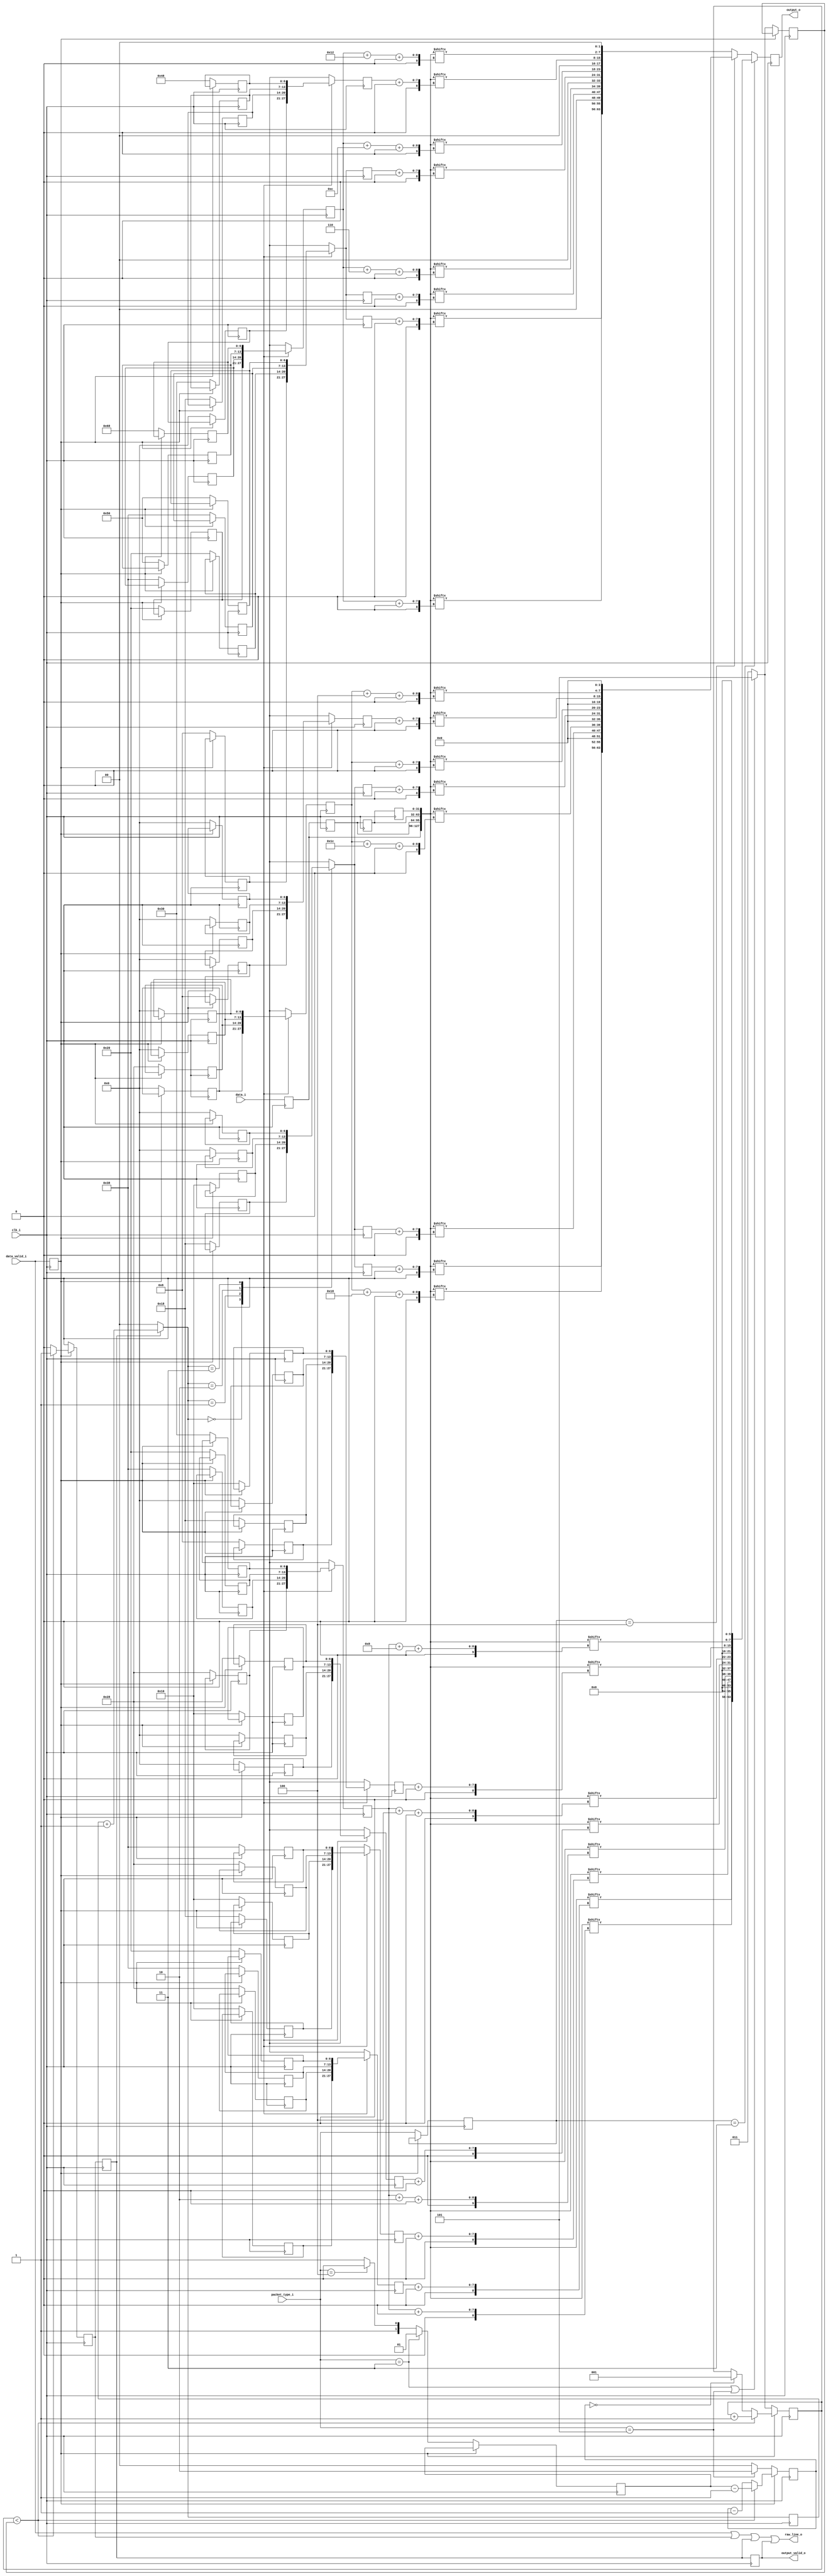
`timescale 1ns/1ns

/*
MIPI CSI RX to Parallel Bridge (c) by Gaurav Singh www.CircuitValley.com

MIPI CSI RX to Parallel Bridge is licensed under a
Creative Commons Attribution 3.0 Unported License.

You should have received a copy of the license along with this
work.  If not, see <http://creativecommons.org/licenses/by/3.0/>.
*/

/*
Receives 4 lane raw mipi bytes from packet decoder, rearrange bytes to output 8 pixel 16bit each 
output is one clock cycle delayed, because the way , MIPI RAW is packed 
output come in chunk on each clock cycle, output_valid_o remains active only while 20 pixel chunk is outputted 
*/

module mipi_csi_rx_raw_depacker_16b2lane #(parameter PIXEL_WIDTH=16)(clk_i,
								data_valid_i,
								data_i,
								packet_type_i,
								raw_line_o,
								output_valid_o,
								output_o);

localparam [7:0]MIPI_GEAR = 16;
localparam [3:0]LANES = 3'h2;
localparam [3:0]PIXEL_PER_CLK = 4;

localparam [7:0]MIPI_CSI_PACKET_10bRAW = 8'h2B;
localparam [7:0]MIPI_CSI_PACKET_12bRAW = 8'h2C;
localparam [7:0]MIPI_CSI_PACKET_14bRAW = 8'h2D;

input clk_i;
input data_valid_i;
input [((MIPI_GEAR * LANES) - 1'h1) : 0]data_i;
input [2:0]packet_type_i;

output reg output_valid_o;
output reg [((PIXEL_WIDTH * PIXEL_PER_CLK) - 1) :0]output_o;
output raw_line_o;

reg [6:0]index_table_pixel_0[3:0];
reg [6:0]index_table_pixel_1[3:0];
reg [6:0]index_table_pixel_2[3:0];
reg [6:0]index_table_pixel_3[3:0];
reg [6:0]index_table_pixel_lsb1[3:0];

reg [6:0]offset_pixel_0;
reg [6:0]offset_pixel_1;
reg [6:0]offset_pixel_2;
reg [6:0]offset_pixel_3;
reg [6:0]offset_pixel_lsb1;

reg [6:0]index_table12_pixel_0[3:0];
reg [6:0]index_table12_pixel_1[3:0];
reg [6:0]index_table12_pixel_2[3:0];
reg [6:0]index_table12_pixel_3[3:0];
reg [6:0]index_table12_pixel_lsb1[3:0];

reg [6:0]offset12_pixel_0;
reg [6:0]offset12_pixel_1;
reg [6:0]offset12_pixel_2;
reg [6:0]offset12_pixel_3;
reg [6:0]offset12_pixel_lsb1;

reg [6:0]index_table14_pixel_0[3:0];
reg [6:0]index_table14_pixel_1[3:0];
reg [6:0]index_table14_pixel_2[3:0];
reg [6:0]index_table14_pixel_3[3:0];
reg [6:0]index_table14_pixel_lsb1[3:0];

reg [6:0]offset14_pixel_0;
reg [6:0]offset14_pixel_1;
reg [6:0]offset14_pixel_2;
reg [6:0]offset14_pixel_3;
reg [6:0]offset14_pixel_lsb1;


reg [1:0]offset_index;

reg [2:0]byte_count;
reg [1:0]idle_count;

reg data_valid_reg;
reg [((MIPI_GEAR * LANES) - 1'h1):0]data_reg;
reg [((MIPI_GEAR * LANES) - 1'h1):0]last_data_i[2:0];

reg [7:0]offset_factor_reg;
reg [2:0]burst_length_reg;
reg [1:0]idle_length_reg;
reg [2:0]packet_type_reg;

wire [7:0]offset_factor;
wire [2:0]burst_length;
wire [1:0]idle_length;
wire [((MIPI_GEAR * LANES * 4) - 1'h1) :0]pipe; //combined current and last input data byte, total 4 sample of input data are in pipe

reg [((PIXEL_WIDTH * PIXEL_PER_CLK) - 1'h1) :0]output_10b;
reg [((PIXEL_WIDTH * PIXEL_PER_CLK) - 1'h1) :0]output_12b;
reg [((PIXEL_WIDTH * PIXEL_PER_CLK) - 1'h1) :0]output_14b;
reg output_valid_reg;
reg output_valid_reg_2;

assign pipe = {data_reg , last_data_i[0], last_data_i[1], last_data_i[2]}; //would need last bytes as well as current data to get full 8 pixel , with 16x gering bytes are arrange as [bb,aa]



assign burst_length = ((packet_type_i == (MIPI_CSI_PACKET_10bRAW & 8'h07)) || (packet_type_i == (MIPI_CSI_PACKET_14bRAW & 8'h07)))? 8'd5: 8'd3;

assign idle_length =  (packet_type_i == (MIPI_CSI_PACKET_10bRAW & 8'h07))? 2'd1 :((packet_type_i == (MIPI_CSI_PACKET_12bRAW & 8'h07))? 2'd2: 2'd3);


assign raw_line_o = data_valid_i| output_valid_reg | output_valid_reg_2 | output_valid_o;

always @(*)
begin
    output_10b[(PIXEL_WIDTH * 3)   +: PIXEL_WIDTH] =    {pipe [offset_pixel_3   +:8],   pipe[ offset_pixel_lsb1         +:2],  {(PIXEL_WIDTH - 10){1'b0}}};             //lane 2 //add ( PIXEL_WIDTH - 10 ) padding in the LSbits
    output_10b[(PIXEL_WIDTH * 2)   +: PIXEL_WIDTH] =    {pipe [offset_pixel_2   +:8],   pipe[(offset_pixel_lsb1 + 2)    +:2],  {(PIXEL_WIDTH - 10){1'b0}}};             //lane 2 //add ( PIXEL_WIDTH - 10 ) padding in the LSbits
    output_10b[(PIXEL_WIDTH)       +: PIXEL_WIDTH] =    {pipe [offset_pixel_1   +:8],   pipe[(offset_pixel_lsb1 + 4)    +:2],  {(PIXEL_WIDTH - 10){1'b0}}};             //lane 2 //add ( PIXEL_WIDTH - 10 ) padding in the LSbits
    output_10b[0                   +: PIXEL_WIDTH] =    {pipe [offset_pixel_0   +:8],   pipe[(offset_pixel_lsb1 + 8)    +:2],  {(PIXEL_WIDTH - 10){1'b0}}};             //lane 1 first pixel on wire
        //RAW10 additional LSbits  are as follow [ pixel3 pixel2 pixel 1 pixel0]

    output_12b[(PIXEL_WIDTH * 3)   +: PIXEL_WIDTH] =    {pipe [offset12_pixel_3 +:8],   pipe[(offset12_pixel_lsb1 + 24) +:4],  {(PIXEL_WIDTH - 12){1'b0}}};
    output_12b[(PIXEL_WIDTH * 2)   +: PIXEL_WIDTH] =    {pipe [offset12_pixel_2 +:8],   pipe[(offset12_pixel_lsb1 + 28) +:4],  {(PIXEL_WIDTH - 12){1'b0}}};
    output_12b[(PIXEL_WIDTH)       +: PIXEL_WIDTH] =        {pipe [offset12_pixel_1 +:8],   pipe[ offset12_pixel_lsb1       +:4],  {(PIXEL_WIDTH - 12){1'b0}}};
    output_12b[0                           +: PIXEL_WIDTH] =        {pipe [offset12_pixel_0 +:8],   pipe[(offset12_pixel_lsb1 + 4)  +:4],  {(PIXEL_WIDTH - 12){1'b0}}};             //lane 1 first pixel on wire
        //RAW12 additional LSbits  are as follow [pixel 1 pixel0]

    output_14b[(PIXEL_WIDTH * 3)   +: PIXEL_WIDTH] =    {pipe [offset14_pixel_3 +:8],   pipe[offset14_pixel_lsb1        +:6],  {(PIXEL_WIDTH - 14){1'b0}}};
    output_14b[(PIXEL_WIDTH * 2)   +: PIXEL_WIDTH] =    {pipe [offset14_pixel_2 +:8],   pipe[(offset14_pixel_lsb1 + 6)  +:6],  {(PIXEL_WIDTH - 14){1'b0}}};
    output_14b[(PIXEL_WIDTH)       +: PIXEL_WIDTH] =        {pipe [offset14_pixel_1 +:8],   pipe[(offset14_pixel_lsb1 + 12) +:6],  {(PIXEL_WIDTH - 14){1'b0}}};
    output_14b[0                   +: PIXEL_WIDTH] =        {pipe [offset14_pixel_0 +:8],   pipe[(offset14_pixel_lsb1 + 18) +:6],  {(PIXEL_WIDTH - 14){1'b0}}};             //lane 1 first pixel on wire

end

always @(posedge clk_i)
begin


        if (packet_type_reg == (MIPI_CSI_PACKET_10bRAW & 8'h07))
        begin
                output_o <= output_10b;
        end
        else if (packet_type_reg == (MIPI_CSI_PACKET_12bRAW & 8'h07))
        begin
                output_o <= output_12b;
        end
        else // if (packet_type_i == (MIPI_CSI_PACKET_14bRAW & 8'h07))
        begin
                output_o <= output_14b;
        end

end



always @(posedge clk_i)
begin

                output_valid_reg_2 <= output_valid_reg;
                output_valid_o <= output_valid_reg_2;

                if (output_valid_reg_2)
                begin
                        offset_index = offset_index + 1;
                end
                else
                begin
                        offset_index = 0;
                end


                offset_pixel_0 <= index_table_pixel_0[offset_index];
                offset_pixel_1 <= index_table_pixel_1[offset_index];
                offset_pixel_2 <= index_table_pixel_2[offset_index];
                offset_pixel_3 <= index_table_pixel_3[offset_index];
                offset_pixel_lsb1 <= index_table_pixel_lsb1[offset_index];

                offset12_pixel_0 <= index_table12_pixel_0[offset_index];
                offset12_pixel_1 <= index_table12_pixel_1[offset_index];
                offset12_pixel_2 <= index_table12_pixel_1[offset_index];
                offset12_pixel_3 <= index_table12_pixel_1[offset_index];
                offset12_pixel_lsb1 <= index_table12_pixel_lsb1[offset_index];


                offset14_pixel_0 <= index_table14_pixel_0[offset_index];
                offset14_pixel_1 <= index_table14_pixel_1[offset_index];
                offset14_pixel_2 <= index_table14_pixel_1[offset_index];
                offset14_pixel_3 <= index_table14_pixel_1[offset_index];
                offset14_pixel_lsb1 <= index_table14_pixel_lsb1[offset_index];

end

always @(posedge clk_i )//or negedge data_valid_reg)
begin

        if (data_valid_reg)
        begin

                if (byte_count < (burst_length_reg))
                begin
                        byte_count <= byte_count + 1'd1;
                        idle_count <= idle_length_reg - 1'b1;

                        output_valid_reg <= 1'b1;

                end
                else
                begin
                        idle_count <= idle_count - 1'b1;
                        if (!idle_count)
                        begin
                                byte_count <= 4'b1;             //set to 1 to enable output_valid_o with next edge
                        end

                        output_valid_reg <= 1'h0;
                end

        end
        else
        begin

                byte_count <= burst_length;

                index_table_pixel_0[0] <= 8;
                index_table_pixel_0[1] <= 24;
                index_table_pixel_0[2] <= 0;
                index_table_pixel_0[3] <= 16;

                index_table_pixel_1[0] <= 0;
                index_table_pixel_1[1] <= 0;
                index_table_pixel_1[2] <= 16;
                index_table_pixel_1[3] <= 40;

                index_table_pixel_2[0] <= 24;
                index_table_pixel_2[1] <= 16;
                index_table_pixel_2[2] <= 40;
                index_table_pixel_2[3] <= 56;

                index_table_pixel_3[0] <= 16;
                index_table_pixel_3[1] <= 40;
                index_table_pixel_3[2] <= 56;
                index_table_pixel_3[3] <= 32;

                index_table_pixel_lsb1[0] <= 40;
                index_table_pixel_lsb1[1] <= 56;
                index_table_pixel_lsb1[2] <= 32;
                index_table_pixel_lsb1[3] <= 48;


                index_table12_pixel_0[0] <= 8;      //12b has burst of only 2 , only  2 indexes matter
                index_table12_pixel_0[1] <= 0;
                index_table12_pixel_0[2] <= 0;
                index_table12_pixel_0[3] <= 0;

                index_table12_pixel_1[0] <= 24;
                index_table12_pixel_1[1] <= 16;
                index_table12_pixel_1[2] <= 0;
                index_table12_pixel_1[3] <= 0;

                index_table12_pixel_2[0] <= 16;
                index_table12_pixel_2[1] <= 56;
                index_table12_pixel_2[2] <= 0;
                index_table12_pixel_2[3] <= 0;

                index_table12_pixel_3[0] <= 40;
                index_table12_pixel_3[1] <= 32;
                index_table12_pixel_3[2] <= 0;
                index_table12_pixel_3[3] <= 0;


                index_table12_pixel_lsb1[0] <= 0; //sec 56
                index_table12_pixel_lsb1[1] <= 40; //sec 48
                index_table12_pixel_lsb1[2] <= 0;
                index_table12_pixel_lsb1[3] <= 0;


                index_table14_pixel_0[0] <= 0;
                index_table14_pixel_0[1] <= 24;
                index_table14_pixel_0[2] <= 48;
                index_table14_pixel_0[3] <= 72;

                index_table14_pixel_1[0] <= 8;
                index_table14_pixel_1[1] <= 32;
                index_table14_pixel_1[2] <= 56;
                index_table14_pixel_1[3] <= 80;


                index_table14_pixel_2[0] <= 16;
                index_table14_pixel_2[1] <= 40;
                index_table14_pixel_2[2] <= 64;
                index_table14_pixel_2[3] <= 88;

                index_table14_pixel_3[0] <= 24;
                index_table14_pixel_3[1] <= 48;
                index_table14_pixel_3[2] <= 72;
                index_table14_pixel_3[3] <= 96;

                index_table14_pixel_lsb1[0] <= 32;
                index_table14_pixel_lsb1[1] <= 56;
                index_table14_pixel_lsb1[2] <= 80;
                index_table14_pixel_lsb1[3] <= 104;


                if (packet_type_i == (MIPI_CSI_PACKET_14bRAW & 8'h07))          // for 14bit need to wait for 3 sample while 12bit and 10bit only need 1 sample delay
                begin
                        idle_count <= 3'd2;
                end
                else
                begin
                        idle_count <= 3'd0;     //need to be zero to wait for 1 sample after data become valid   2 == 3 cycle wait
                end

                output_valid_reg <= 1'h0;
                offset_factor_reg <= offset_factor;
                burst_length_reg <= burst_length;
                idle_length_reg <= idle_length;
                packet_type_reg <= packet_type_i;
        end
end

always @(posedge clk_i)
begin
                data_valid_reg <= data_valid_i;
                data_reg <= data_i;

                last_data_i[0] <= data_reg;
                last_data_i[1] <= last_data_i[0];
                last_data_i[2] <= last_data_i[1];
end

endmodule